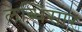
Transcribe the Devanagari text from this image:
लब्धिसार